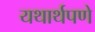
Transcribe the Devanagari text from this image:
यथार्थपणे